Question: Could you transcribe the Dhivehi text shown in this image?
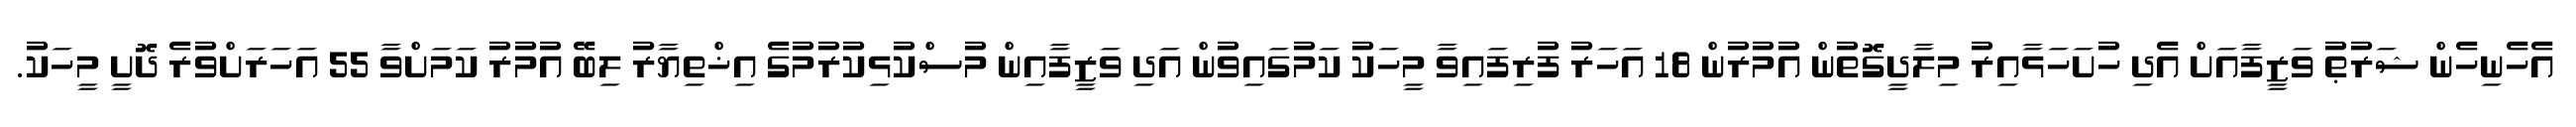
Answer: އެހެނިހެން ޝަރުޠު ވަޒީފާއަށް އެދި ހުށަހަޅާއިރު މިލާދީގޮތުން އުމުރުން 18 އަހަރު ފުރިފައިވާ މީހަކު ކަމުގައިވުން އަދި ވަޒީފާއިން މުސްކުޅިކުރުމުގެ އިޚްތިޔާރު ލިބޭ އުމުރު ކަމަށްވާ 55 އަހަރަށްވުރެ ދޮށީ މީހަކު.